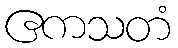
ဧကသတံ